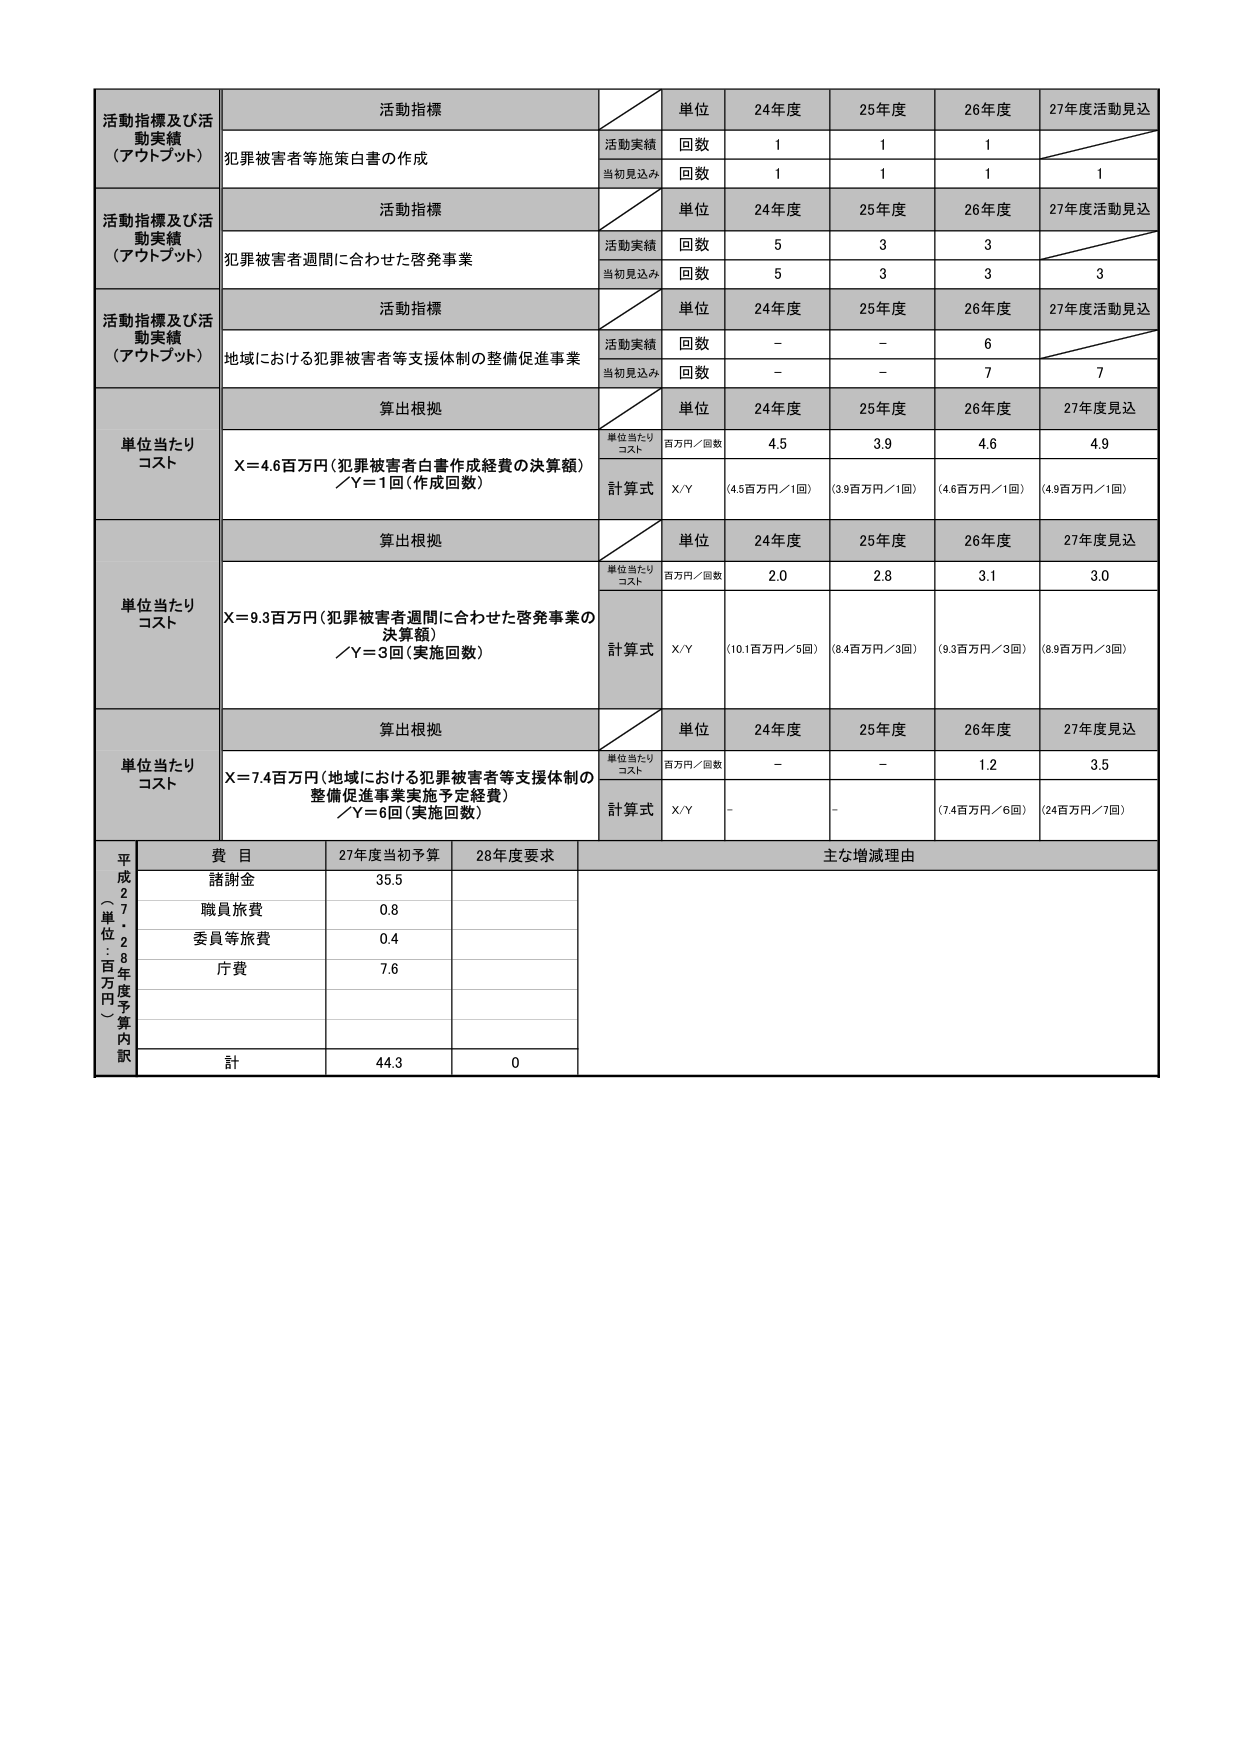
活動指標及び活動実績（アウトプット）　活動指標　単位　24年度　25年度　26年度　27年度活動見込　犯罪被害者等施策白書の作成　活動実績　回数　1　1　1　　当初見込み　回数　1　1　1　1　活動指標及び活動実績（アウトプット）　活動指標　単位　24年度　25年度　26年度　27年度活動見込　犯罪被害者週間に合わせた啓発事業　活動実績　回数　5　3　3　　当初見込み　回数　5　3　3　3　活動指標及び活動実績（アウトプット）　活動指標　単位　24年度　25年度　26年度　27年度活動見込　地域における犯罪被害者等支援体制の整備促進事業　活動実績　回数　－　－　6　　当初見込み　回数　－　－　7　7　単位当たりコスト　算出根拠　単位　24年度　25年度　26年度　27年度見込　X＝4.6百万円（犯罪被害者白書作成経費の決算額）／Y＝1回（作成回数）　単位当たりコスト　百万円／回数　4.5　3.9　4.6　4.9　計算式　X/Y　（4.5百万円／1回）　（3.9百万円／1回）　（4.6百万円／1回）　（4.9百万円／1回）　単位当たりコスト　算出根拠　単位　24年度　25年度　26年度　27年度見込　X＝9.3百万円（犯罪被害者週間に合わせた啓発事業の決算額）／Y＝3回（実施回数）　単位当たりコスト　百万円／回数　2.0　2.8　3.1　3.0　計算式　X/Y　（10.1百万円／5回）　（8.4百万円／3回）　（9.3百万円／3回）　（8.9百万円／3回）　単位当たりコスト　算出根拠　単位　24年度　25年度　26年度　27年度見込　X＝7.4百万円（地域における犯罪被害者等支援体制の整備促進事業実施予定経費）／Y＝6回（実施回数）　単位当たりコスト　百万円／回数　－　－　1.2　3.5　計算式　X/Y　－　－　（7.4百万円／6回）　（24百万円／7回）　平成27・28年度予算内訳（単位：百万円）　費目　27年度当初予算　28年度要求　主な増減理由　諸謝金　35.5　　職員旅費　0.8　　委員等旅費　0.4　　庁費　7.6　　計　44.3　0